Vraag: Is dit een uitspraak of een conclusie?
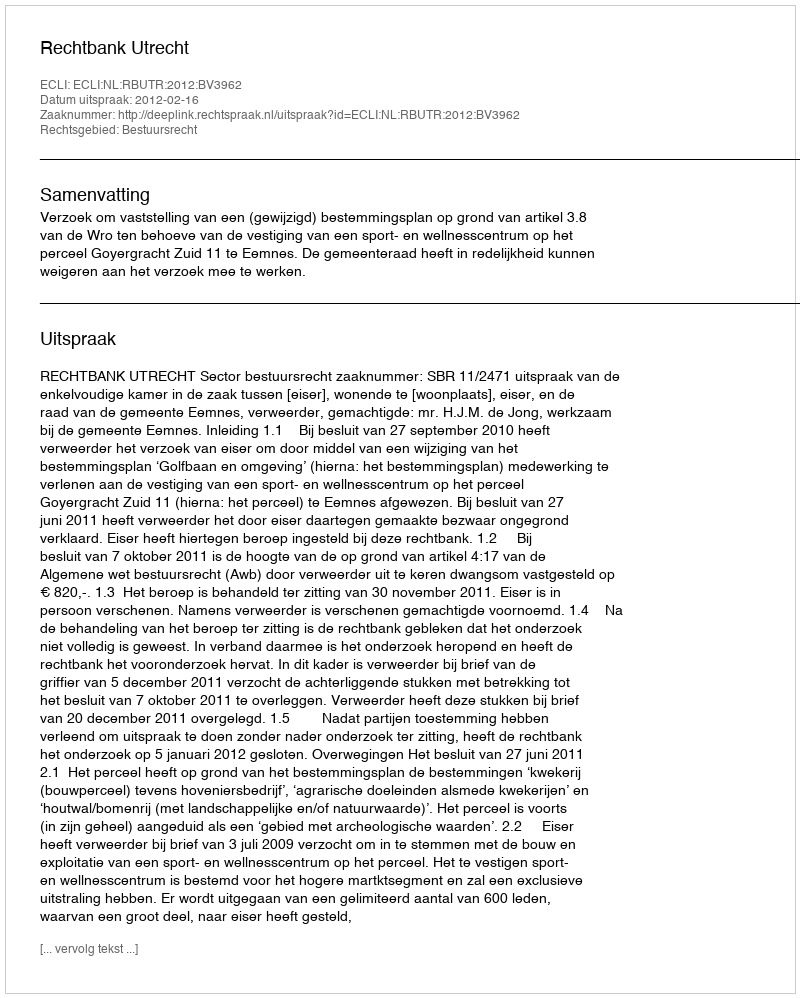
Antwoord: Uitspraak